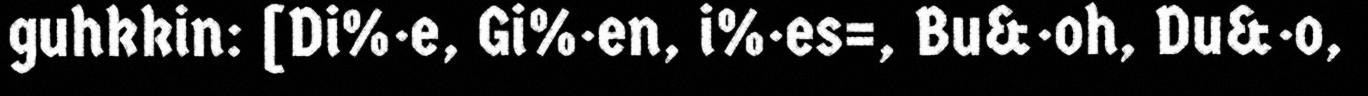
guhkkin: [Di%·e, Gi%·en, i%·es=, Bu&·oh, Du&·o,